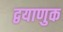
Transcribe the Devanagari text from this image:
द्वयाणुक